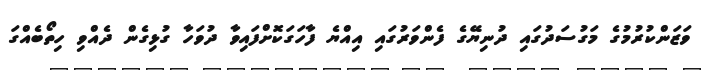
ވަޒަންކުރުމުގެ މަގުސަދުގައި ދުނިޔޭގެ ފެންވަރުގައި އިއްޔެ ފާހަގަކޮށްފައިވާ ދުވަހާ ގުޅިގެން ދެއްވި ހިތޯބެއްގަ